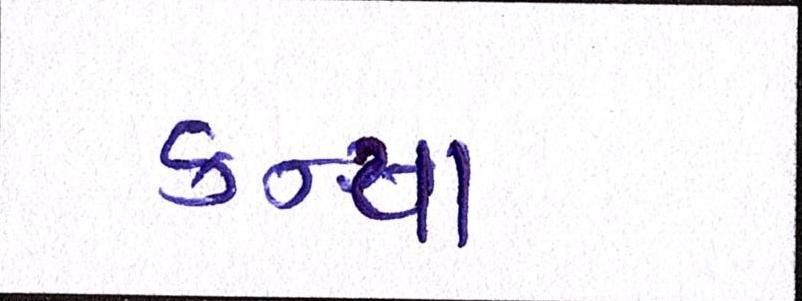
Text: કન્યા